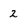
Character: 2